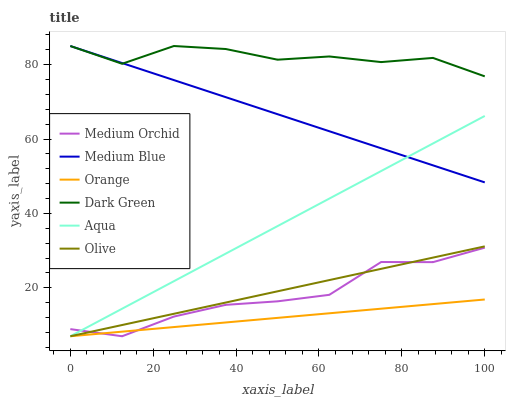
| xaxis_label | Medium Orchid | Medium Blue | Orange | Dark Green | Aqua | Olive |
 | --- | --- | --- | --- | --- | --- | --- |
 | 0 | 8.92 | 85 | 7 | 85 | 7 | 7 |
 | 12.5 | 7 | 80.4 | 8.23 | 80.2 | 14.4 | 10 |
 | 25 | 12.3 | 75.8 | 9.47 | 85 | 21.8 | 13 |
 | 37.5 | 15.4 | 71.3 | 10.7 | 84.2 | 29.2 | 16.1 |
 | 50 | 16.4 | 66.7 | 11.9 | 81.3 | 36.6 | 19.1 |
 | 62.5 | 18.1 | 62.1 | 13.2 | 82.2 | 44 | 22.1 |
 | 75 | 26.9 | 57.5 | 14.4 | 80.7 | 51.4 | 25.1 |
 | 87.5 | 26.9 | 52.9 | 15.6 | 81.8 | 58.8 | 28.1 |
 | 100 | 30.8 | 48.3 | 16.9 | 76.8 | 66.2 | 31.2 |